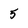
Character: 5